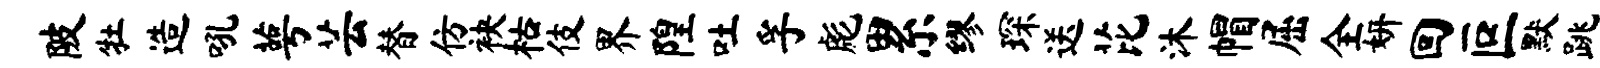
陂牡造吼萼芸替仿袂枯伎界隍吐孚彪累缪琛送芘沐帽屈全妍回叵默跳